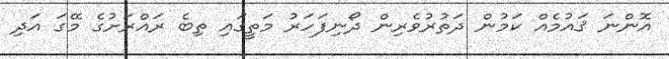
އޮންނަ ޤައުމެއް ކަމުން ދަތުރުވެރިން ދޯނިފަހަރު މަތީގައި ތިބެ ރައްރަށުގެ މޭގަ އަދި